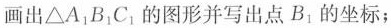
画出△A^{1}B^{1}C^{1}的图形并写出点B^{1}的坐标；